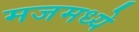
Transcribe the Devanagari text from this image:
मजमध्ये